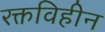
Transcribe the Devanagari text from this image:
रक्तविहीन